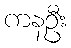
ကနဦး